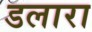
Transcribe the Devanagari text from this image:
डलारा